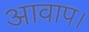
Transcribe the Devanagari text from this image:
आवाप।